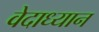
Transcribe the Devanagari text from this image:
वेदाध्यान